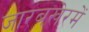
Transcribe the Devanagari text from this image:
जारबखेरमें